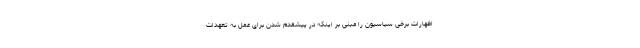
اظهارات برخی سیاسیون را مبنی بر اینکه در پیشقدم شدن برای عمل به تعهدات